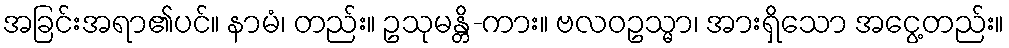
အခြင်းအရာ၏ပင်။ နာမံ၊ တည်း။ ဥသုမန္တိ-ကား။ ဗလဝဥသ္မာ၊ အားရှိသော အငွေ့တည်း။